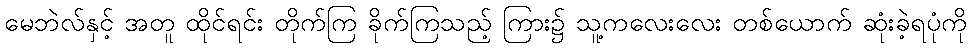
မေဘဲလ်နှင့် အတူ ထိုင်ရင်း တိုက်ကြ ခိုက်ကြသည့် ကြား၌ သူ့ကလေးလေး တစ်ယောက် ဆုံးခဲ့ရပုံကို